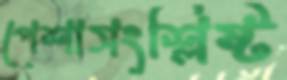
পেশাসংশ্লিষ্ট